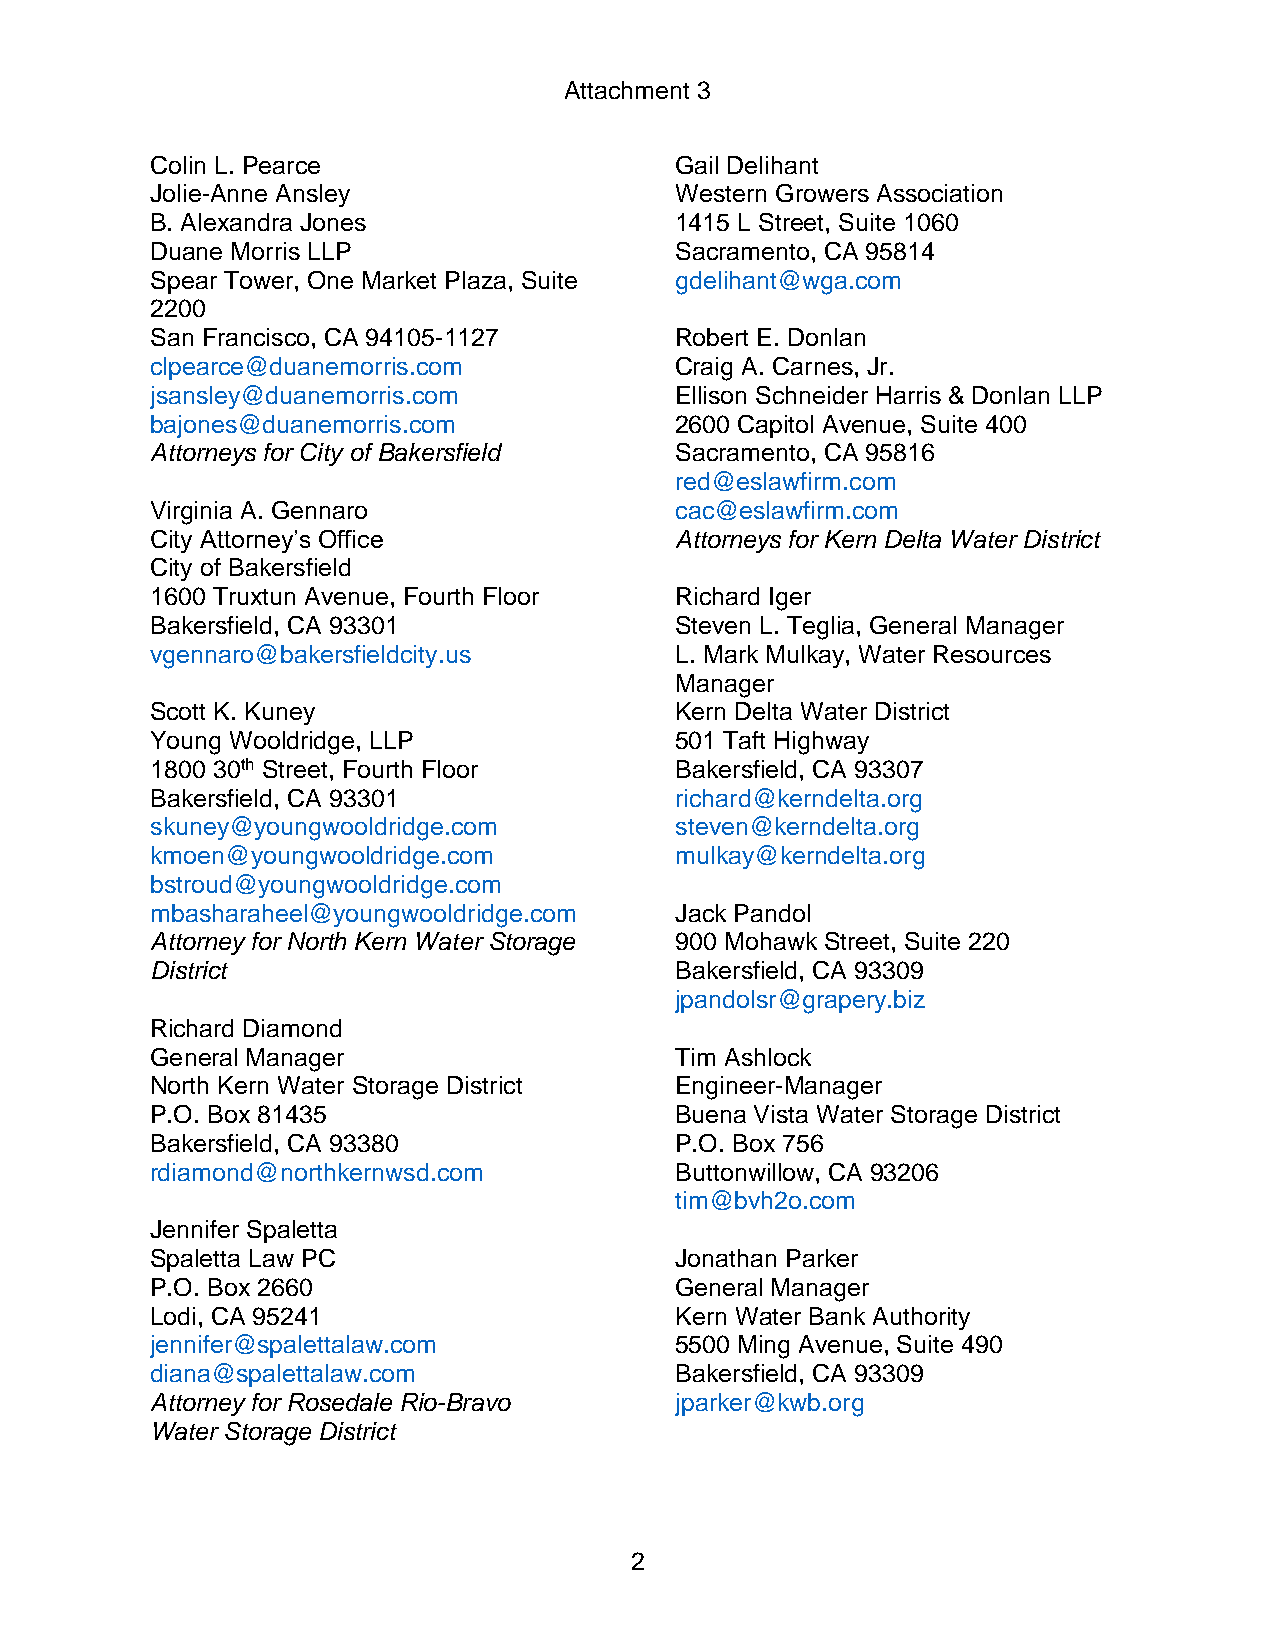
Attachment 3
 Colin L. Pearce                    Gail Delihant
 Jolie-Anne Ansley                  Western Growers Association
 B. Alexandra Jones                 1415 L Street, Suite 1060
 Duane Morris LLP                   Sacramento, CA 95814
 Spear Tower, One Market Plaza, Suite gdelihant@wga.com
 2200
 San Francisco, CA 94105-1127       Robert E. Donlan
 clpearce@duanemorris.com           Craig A. Carnes, Jr.
 jsansley@duanemorris.com           Ellison Schneider Harris & Donlan LLP
 bajones@duanemorris.com            2600 Capitol Avenue, Suite 400
 Attorneys for City of Bakersfield  Sacramento, CA 95816
 red@eslawfirm.com
 Virginia A. Gennaro                cac@eslawfirm.com
 City Attorney’s Office             Attorneys for Kern Delta Water District
 City of Bakersfield
 1600 Truxtun Avenue, Fourth Floor  Richard Iger
 Bakersfield, CA 93301              Steven L. Teglia, General Manager
 vgennaro@bakersfieldcity.us        L. Mark Mulkay, Water Resources
 Manager
 Scott K. Kuney                     Kern Delta Water District
 Young Wooldridge, LLP              501 Taft Highway
 1800 30th Street, Fourth Floor     Bakersfield, CA 93307
 Bakersfield, CA 93301              richard@kerndelta.org
 skuney@youngwooldridge.com         steven@kerndelta.org
 kmoen@youngwooldridge.com          mulkay@kerndelta.org
 bstroud@youngwooldridge.com
 mbasharaheel@youngwooldridge.com   Jack Pandol
 Attorney for North Kern Water Storage 900 Mohawk Street, Suite 220
 District                           Bakersfield, CA 93309
 jpandolsr@grapery.biz
 Richard Diamond
 General Manager                    Tim Ashlock
 North Kern Water Storage District  Engineer-Manager
 P.O. Box 81435                     Buena Vista Water Storage District
 Bakersfield, CA 93380              P.O. Box 756
 rdiamond@northkernwsd.com          Buttonwillow, CA 93206
 tim@bvh2o.com
 Jennifer Spaletta
 Spaletta Law PC                    Jonathan Parker
 P.O. Box 2660                      General Manager
 Lodi, CA 95241                     Kern Water Bank Authority
 jennifer@spalettalaw.com           5500 Ming Avenue, Suite 490
 diana@spalettalaw.com              Bakersfield, CA 93309
 Attorney for Rosedale Rio-Bravo    jparker@kwb.org
 Water Storage District
 2